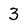
Character: 3